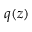
q ( z )